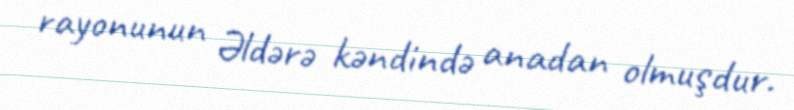
rayonunun Əldərə kəndində anadan olmuşdur.